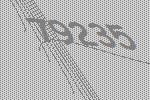
79235